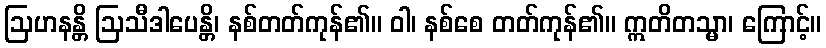
ဩဟနန္တိ ဩသီဒါပေန္တိ၊ နစ်တတ်ကုန်၏။ ဝါ၊ နစ်စေ တတ်ကုန်၏။ ဣတိတသ္မာ၊ ကြောင့်။